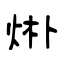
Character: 烞